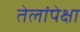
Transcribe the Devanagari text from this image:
तेलांपेक्षा